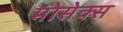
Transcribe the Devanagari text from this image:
मोसेक्स